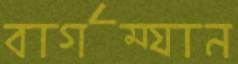
বার্গম্যান